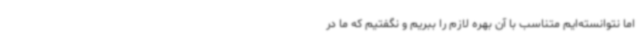
اما نتوانسته‌ایم متناسب با آن بهره لازم را ببریم و نگفتیم که ما در